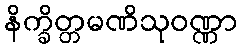
နိက္ခိတ္တမဏိသုဝဏ္ဏာ